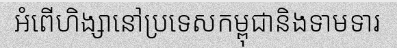
អំពើហិង្សានៅប្រទេសកម្ពុជានិងទាមទារ